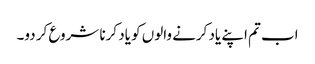
اب تم اپنے یاد کرنے والوں کو یاد کرنا شروع کر دو۔